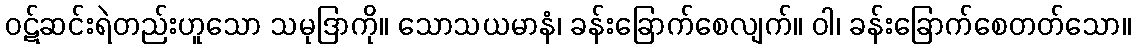
ဝဋ်ဆင်းရဲတည်းဟူသော သမုဒြာကို။ သောသယမာနံ၊ ခန်းခြောက်စေလျက်။ ဝါ၊ ခန်းခြောက်စေတတ်သော။